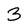
Character: 3